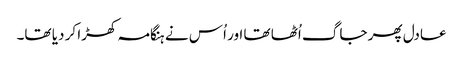
عادل پھر جاگ اُٹھا تھا اور اُس نے ہنگامہ کھڑا کر دیا تھا۔